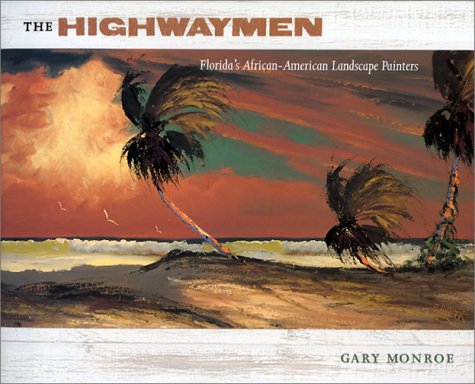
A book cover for The Highwaymen: Florida's African-American Landscape Painters; Gary Monroe; Crafts, Hobbies & Home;